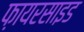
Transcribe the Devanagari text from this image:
फ़ायरसाइड